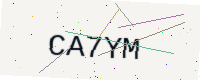
Text: CA7YM